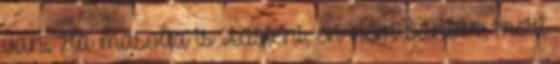
van. Ha másolta is Austent, én nem bánom, mert